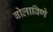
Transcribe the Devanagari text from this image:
बोलाविणे